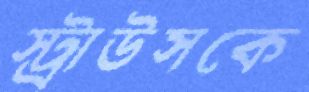
স্ট্রাউসকে